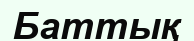
Баттық